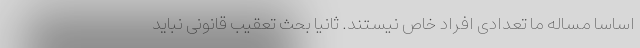
اساسا مساله ما تعدادی افراد خاص نیستند. ثانیا بحث تعقیب قانونی نباید